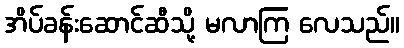
အိပ်ခန်းဆောင်ဆီသို့ မလာကြ လေသည်။